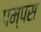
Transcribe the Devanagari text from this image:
पम्पस